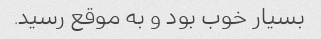
بسیار خوب بود و به موقع رسید.